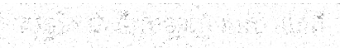
សុទ្ធតែ ជា ទីស្រឡាញ់ របស់ យោគី